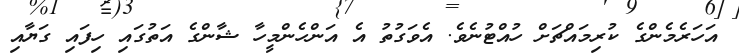
އަހަރެމެންގެ ކުރިމައްޗަށް ހުއްޓުނެވެ. އެވަގުތު އެ އަންހެންމީހާ ޝާންގެ އަތުގައި ހިފައި ގަޔާއި